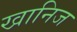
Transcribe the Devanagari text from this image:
खानिज